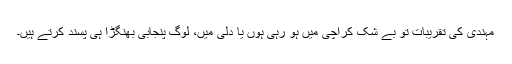
مہندی کی تقریبات تو بے شک کراچی میں ہو رہی ہوں یا دلی میں، لوگ پنجابی بھنگڑا ہی پسند کرتے ہیں۔